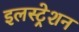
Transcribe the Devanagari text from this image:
इलस्ट्रेशन